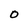
Character: 0